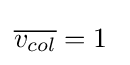
{\overline {v_{col}}}=1\